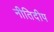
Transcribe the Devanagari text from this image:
नीतिदीप